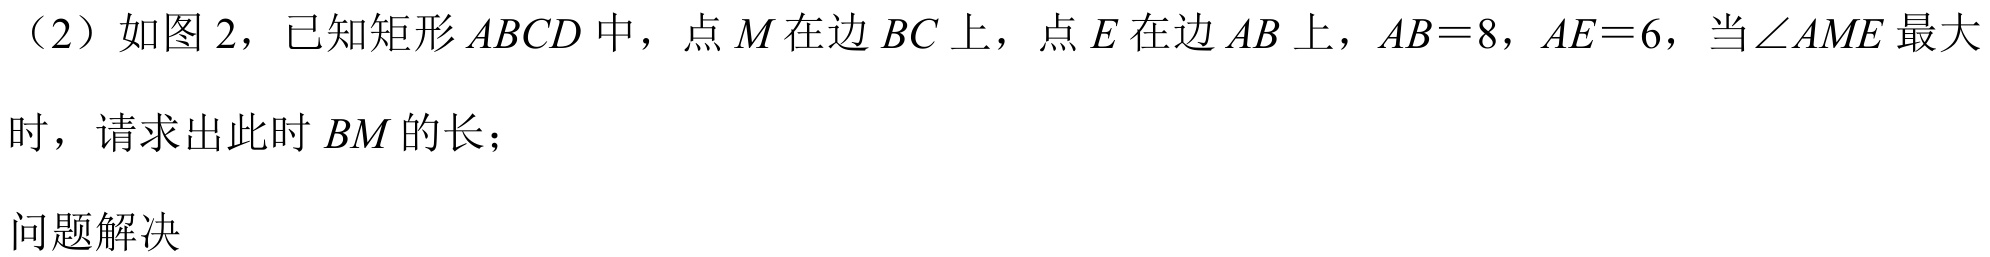
（2）如图 2，已知矩形 \(ABCD\) 中，点 \(M\) 在边 \(BC\) 上，点 \(E\) 在边 \(AB\) 上，\(AB = 8\)，\(AE = 6\)，当\(\angle AME\)最大时，请求出此时 \(BM\) 的长；

问题解决